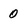
Character: 0